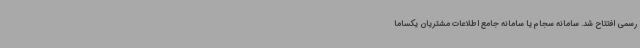
رسمی افتتاح شد. سامانه سجام یا سامانه جامع اطلاعات مشتریان یکساما